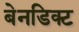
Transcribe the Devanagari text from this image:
बेनडिक्ट